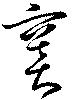
竇